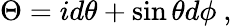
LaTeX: \Theta=id\theta+\sin\theta d\phi\ ,